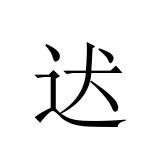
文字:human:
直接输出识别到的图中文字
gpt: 迖